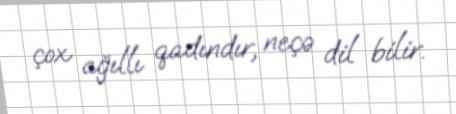
çox ağıllı qadındır, neçə dil bilir.